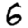
Digit: 6